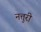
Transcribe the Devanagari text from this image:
नत्तुरी